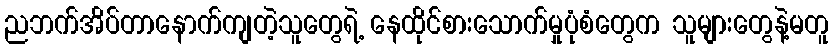
ညဘက်အိပ်တာနောက်ကျတဲ့သူတွေရဲ့ နေထိုင်စားသောက်မှုပုံစံတွေက သူများတွေနဲ့မတူ